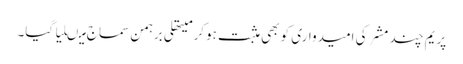
پریم چند مشر کی امیدواری کو بھی مثبت ہوکر میتھلی برہمن سماج میںلیا گیا۔